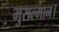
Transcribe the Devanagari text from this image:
मुसल्मान।